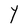
Character: Y